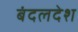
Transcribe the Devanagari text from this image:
बंदलदेश